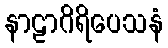
နာဠာဂိရိပေသနံ